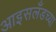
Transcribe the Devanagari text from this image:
आइसलँडच्या